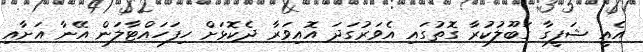
އެއީ ޝަފީގާ ގަބޫލުކުރާ ގޮތުގައި އެވަރުގަދަ އޮއިވަރާ ދެކޮޅަށް ހިފަހައްޓާލަން އޭނާ އަށާއި